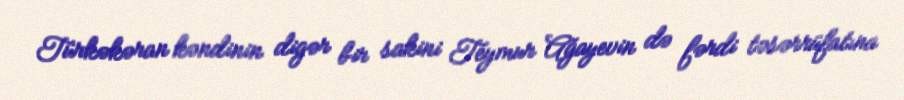
Türkəkəran kəndinin digər bir sakini Teymur Ağayevin də fərdi təsərrüfatına